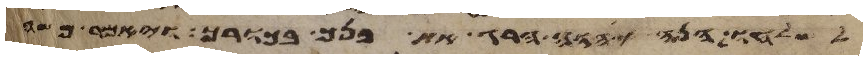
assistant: לשלחו הנה יהוה הרג את בנך בכורך ויאמר משה